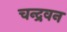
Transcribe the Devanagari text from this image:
चन्द्रवन